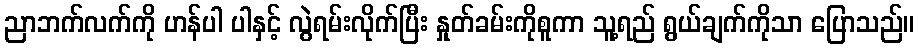
ညာဘက်လက်ကို ဟန်ပါ ပါနှင့် လွဲရမ်းလိုက်ပြီး နှုတ်ခမ်းကိုစူကာ သူ့ရည် ရွယ်ချက်ကိုသာ ပြောသည်။